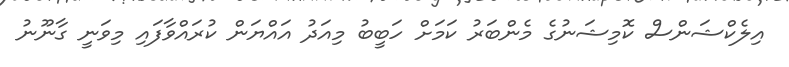
އިލެކްޝަންސް ކޮމިޝަނުގެ މެންބަރު ކަމަށް ހަބީބު މިއަދު އައްޔަން ކުރައްވާފައި މިވަނީ ގާނޫނު